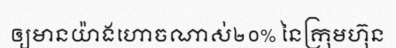
ឲ្យមានយ៉ាងហោចណាស់២០% នៃក្រុមហ៊ុន